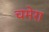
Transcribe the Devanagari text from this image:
चमेरा